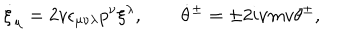
\dot { \xi } _ { \mu } = 2 v \epsilon _ { \mu \nu \lambda } p ^ { \nu } \xi ^ { \lambda } , \qquad \dot { \theta } { } ^ { \pm } = \pm 2 i \nu m v \theta ^ { \pm } ,